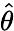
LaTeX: \hat{\theta}